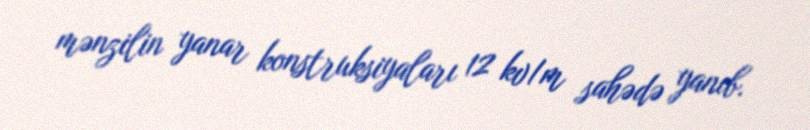
mənzilin yanar konstruksiyaları 12 kv/m sahədə yanıb.